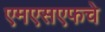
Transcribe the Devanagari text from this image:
एमएसएफचे